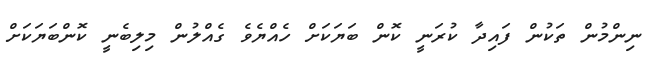
ނިންމުން ތަކުން ފައިދާ ކުރަނީ ކޮން ބަޔަކަށް ހެއްޔެވެ ގެއްލުން މިލިބެނީ ކޮންބަޔަކަށް